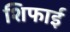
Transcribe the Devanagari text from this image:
शिफाई